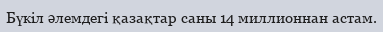
Бүкіл әлемдегі қазақтар саны 14 миллионнан астам.